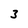
Character: 3